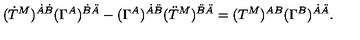
( \dot { T } ^ { M } ) ^ { \dot { A } \dot { B } } ( \Gamma ^ { A } ) ^ { \dot { B } \ddot { A } } - ( \Gamma ^ { A } ) ^ { \dot { A } \ddot { B } } ( \ddot { T } ^ { M } ) ^ { \ddot { B } \ddot { A } } = ( T ^ { M } ) ^ { A B } ( \Gamma ^ { B } ) ^ { \dot { A } \ddot { A } } .